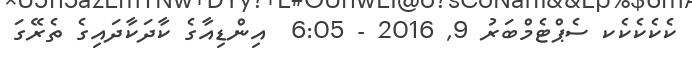
ކެކެކެކެކ ސެޕްޓެމްބަރު 9